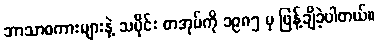
ဘာသာစကားများနဲ့ သမိုင်း စာအုပ်ကို ၁၉၈၅ မှ ဖြန့်ချိခဲ့ပါတယ်။